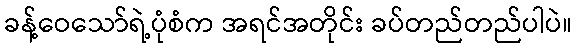
ခန့်ဝေသော်ရဲ့ပုံစံက အရင်အတိုင်း ခပ်တည်တည်ပါပဲ။